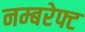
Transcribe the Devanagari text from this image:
नम्बरेफ्ट